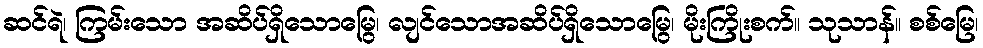
ဆင်ရဲ၊ ကြမ်းသော အဆိပ်ရှိသောမြွေ၊ လျင်သောအဆိပ်ရှိသောမြွေ၊ မိုးကြိုးစက်။ သုသာန်။ စစ်မြေ၊